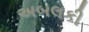
અબલકી